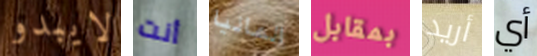
لايبدو أنت المانيا بمقابل أريد أي